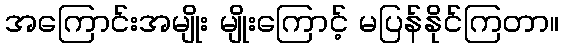
အကြောင်းအမျိုး မျိုးကြောင့် မပြန်နိုင်ကြတာ။